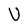
Character: U